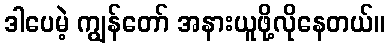
ဒါပေမဲ့ ကျွန်တော် အနားယူဖို့လိုနေတယ်။